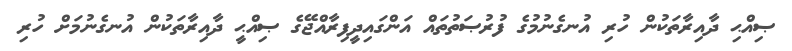
ޞިއްޙި ދާއިރާތަކުން ހުރި އުނގެނުމުގެ ފުރުޞަތުތައް އަންގައިދީފިރާއްޖޭގެ ޞިއްޙީ ދާއިރާތަކުން އުނގެނުމަށް ހުރި